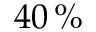
4 0 \, \%